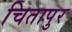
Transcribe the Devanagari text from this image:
चितापुर